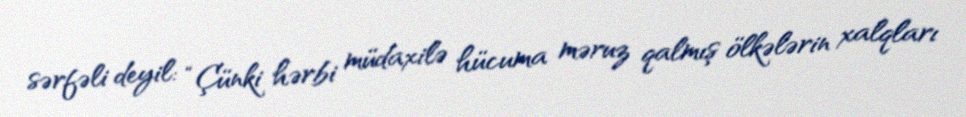
sərfəli deyil: “Çünki hərbi müdaxilə hücuma məruz qalmış ölkələrin xalqları